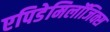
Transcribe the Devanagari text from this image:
एपिडेमिलॉजिक्स